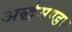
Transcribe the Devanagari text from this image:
अर्द्धमण्डप